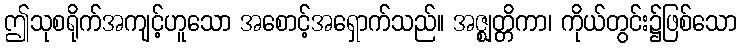
ဤသုစရိုက်အကျင့်ဟူသော အစောင့်အရှောက်သည်။ အဇ္ဈတ္တိကာ၊ ကိုယ်တွင်း၌ဖြစ်သော